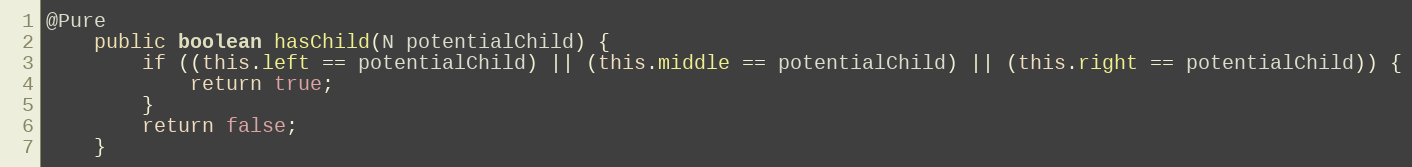
Language: Java
@Pure
	public boolean hasChild(N potentialChild) {
		if ((this.left == potentialChild) || (this.middle == potentialChild) || (this.right == potentialChild)) {
			return true;
		}
		return false;
	}